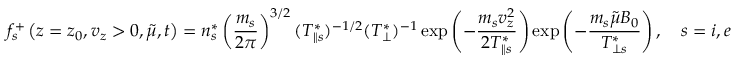
f _ { s } ^ { + } \left( z = z _ { 0 } , v _ { z } > 0 , \Tilde { \mu } , t \right) = n _ { s } ^ { * } \left( \frac { m _ { s } } { 2 \pi } \right) ^ { 3 / 2 } ( T _ { \| s } ^ { * } ) ^ { - 1 / 2 } ( T _ { \perp } ^ { * } ) ^ { - 1 } \exp \left( - \frac { m _ { s } v _ { z } ^ { 2 } } { 2 T _ { \| s } ^ { * } } \right) \exp \left( - \frac { m _ { s } \Tilde { \mu } B _ { 0 } } { T _ { \perp s } ^ { * } } \right) , \quad s = i , e